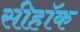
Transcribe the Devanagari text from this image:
सीहॉक